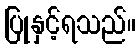
ပြုနှင့်ရသည်။